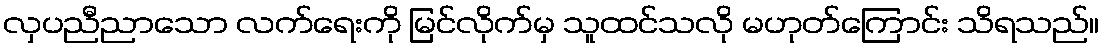
လှပညီညာသော လက်ရေးကို မြင်လိုက်မှ သူထင်သလို မဟုတ်ကြောင်း သိရသည်။